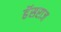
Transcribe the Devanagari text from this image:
हॅसराज